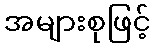
အများစုဖြင့်